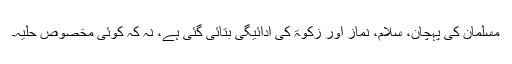
مسلمان کی پہچان، سلام، نماز اور زکوٰۃ کی ادائیگی بتائی گئی ہے، نہ کہ کوئی مخصوص حلیہ۔